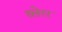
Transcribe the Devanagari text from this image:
ब्लेरर